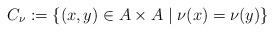
LaTeX: \begin{align*}C_{\nu}:=\{(x,y) \in A \times A \mid \nu(x)=\nu(y)\}\end{align*}